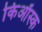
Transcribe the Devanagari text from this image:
किऑस्क